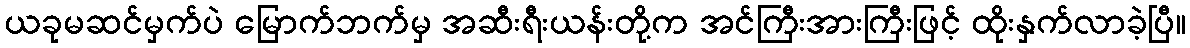
ယခုမဆင်မှက်ပဲ မြောက်ဘက်မှ အဆီးရီးယန်းတို့က အင်ကြီးအားကြီးဖြင့် ထိုးနှက်လာခဲ့ပြီ။